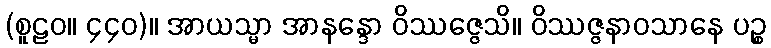
(စူဠဝ။ ၄၄၀)။ အာယသ္မာ အာနန္ဒော ဝိဿဇ္ဇေသိ။ ဝိဿဇ္ဇနာဝသာနေ ပဉ္စ